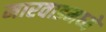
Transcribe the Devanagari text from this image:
मारवाडमध्ये